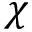
\chi